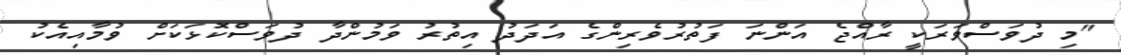
"މި ދުވަސްވަރަކީ ރާއްޖެ އަންނަ ފަތުރުވެރިންގެ އަދަދު އިތުރު ވަމުންދާ ދުވަސްކޮޅަކަށް ވުމާއިއެކު